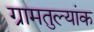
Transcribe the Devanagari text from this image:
ग्रामतुल्यांक